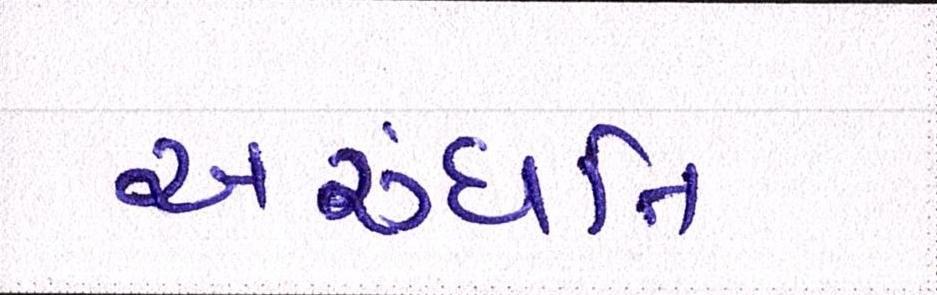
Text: અરુંધતિ